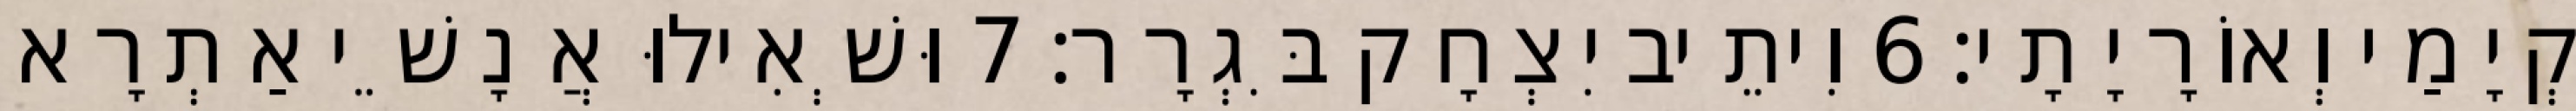
קְיָמַי וְאוֹרָיָתָי׃ 6 וִיתֵיב יִצְחָק בִּגְרָר׃ 7 וּשְׁאִילוּ אֲנָשֵׁי אַתְרָא